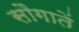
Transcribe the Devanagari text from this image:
सौगातें